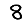
Digit: 8